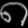
Digit: ၈